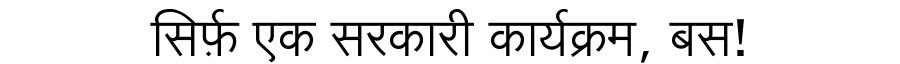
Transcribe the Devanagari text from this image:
सिर्फ़ एक सरकारी कार्यक्रम, बस!